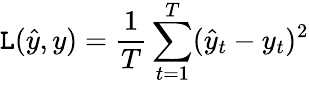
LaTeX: \mathtt{L}(\hat{{y}},y)=\frac{{1}}{{T}}\sum_{t=1}^{T}(\hat{{y}}_{t}-y_{t})^{2}